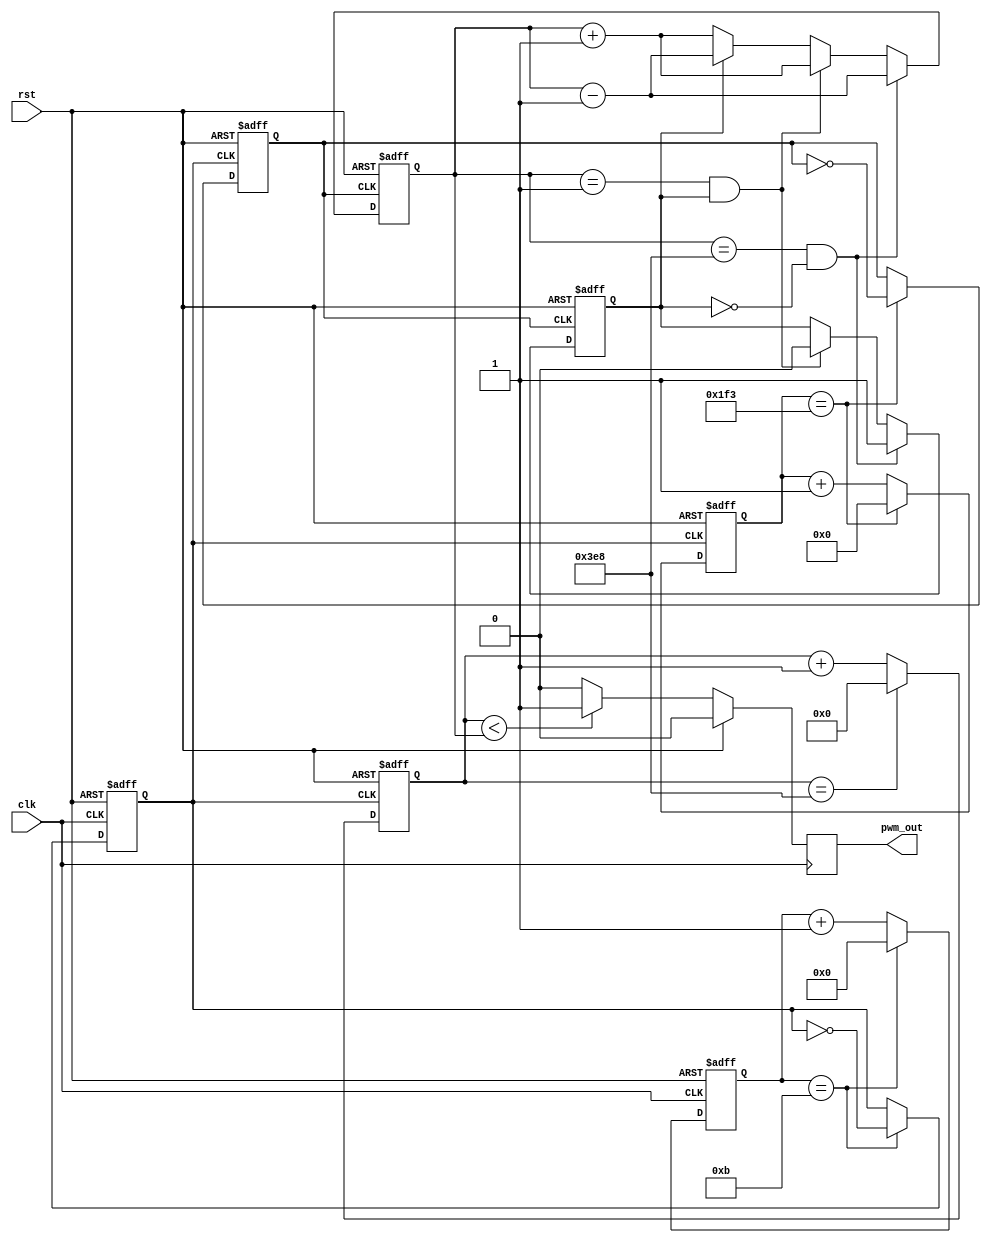
// =============================================================================
// Affiliation: Hong Kong University of Science and Technology
// Description:
// input frequency: 24Mhz
// the frequency of pwm: 1khz
// the accuracy of pwm: 1mhz
// the length of pwm: 1hz
// -----------------------------------------------------------------------------
`timescale 1 ns / 1 ps
module pwm_led(
	input clk,
	input rst,
	output reg [0:0] pwm_out 	
);

//the divider to get 1mhz
reg [3:0] cnt_1;
reg clk_1mhz;
always @ (posedge clk or posedge rst)
    begin
        if(rst)
        	begin
        		cnt_1 <= 0;
        		clk_1mhz <= 0;
        	end
        else
        	begin
        		if (cnt_1 == 5'd11) 
        		    begin
        		        cnt_1 <= 0;
        		        clk_1mhz <= ~clk_1mhz;
        		    end
        		else 
        		    begin
        		        cnt_1 <=  cnt_1 + 1'b1;
        		    end
        	end
    end
//the divider to get 1khz
reg [8:0] cnt_2;
reg clk_1khz;
always @ (posedge clk_1mhz or posedge rst)
    begin
        if(rst)
        	begin
        		cnt_2 <= 0;
        		clk_1khz <= 1'b0;	
        	end
        else
        	begin
        		if (cnt_2 == 9'd499) 
        		    begin
        		        cnt_2 <= 0;
        		        clk_1khz <= ~clk_1khz;
        		    end
        		else 
        		    begin
        		        cnt_2 <= cnt_2 +1'b1;
        		    end
        	end
    end
//decide the duty circle
reg [9:0] cnt_duty_circle;
reg flag;//show reduce or increase,0 means increase and 1 means decrease
always @ (posedge clk_1khz or posedge rst)
    begin
        if(rst)
        	begin
        		cnt_duty_circle <= 0;
        		flag <= 1'b0;
        	end
        else
        	begin
        		if (cnt_duty_circle == 10'd1000 && flag == 1'b0) 
        		    begin
        		        flag <= 1'b1; 
        		        cnt_duty_circle <= cnt_duty_circle - 1'b1;     		    	        
        		    end
        		else if(cnt_duty_circle == 1'b1 && flag == 1'b1)
        			begin
        				flag <= 1'b0;
        				cnt_duty_circle <= cnt_duty_circle + 1'b1;
        			end
        		else 
        		    begin
        		    	if (flag == 1'b0) 
        		    	    begin
        		        		cnt_duty_circle <= cnt_duty_circle + 1'b1;        		    	        
        		    	    end
        		    	else 
        		    	    begin
        		    	        cnt_duty_circle <= cnt_duty_circle -1'b1;
        		    	    end
        		    end
        	end
    end
reg [9:0] cnt__output_decide;
always @ (posedge clk_1mhz or posedge rst)
    begin
        if(rst)
        	begin
        		cnt__output_decide <= 1'b0;
        	end
        else
        	begin
        		if (cnt__output_decide == 10'd1000) 
        		    begin
        		        cnt__output_decide <= 0;
        		    end
        		else 
        		    begin
        		        cnt__output_decide <=  cnt__output_decide + 1'b1;
        		    end
        	end
    end
//Output decision
always @ (posedge clk)
    begin
        if(rst)
        	begin
        		pwm_out = 1'b0;
        	end
        else
        	begin
        		if (cnt__output_decide < cnt_duty_circle) 
        		    begin
        		        pwm_out <= 1'b1;
        		    end
        		else 
        		    begin
        		        pwm_out <= 1'b0;
        		    end
        	end
    end
endmodule